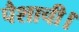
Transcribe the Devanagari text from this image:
पैशाची।